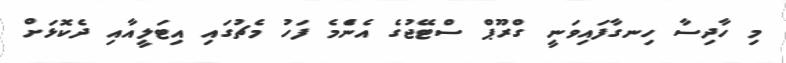
މި ހާދިސާ ހިނގާފައިވަނީ ގްރޫޕް ސްޓޭޖުގެ އެންެމެ ފަހު މެޗުގައި އިޓަލީއާއި ދެކޮޅަށް